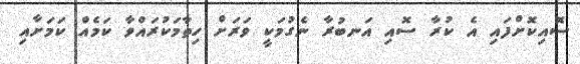
ސޮއިކޮށްފައި އެ ކުރާ ސޮއި އަނބުރާ ނެގުމަކީ ވަރަށް ހިތާމަކުރައްވާ ކަމެއް ކަމަށާއި